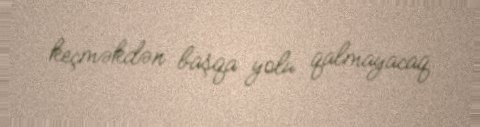
keçməkdən başqa yolu qalmayacaq.